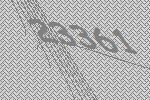
23361